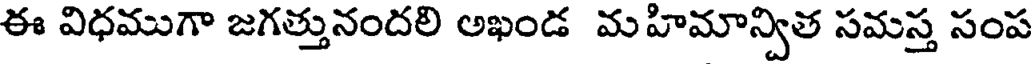
ఈ విధముగా జగత్తునందలి అఖండ మహిమాన్విత సమస్త సంప